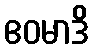
ဧဝမာဒိ